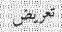
تعريض